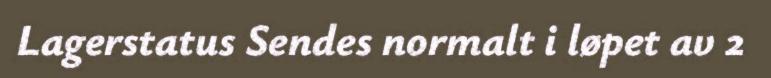
Lagerstatus Sendes normalt i løpet av 2